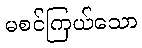
မစင်ကြယ်သော